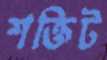
শক্তিট